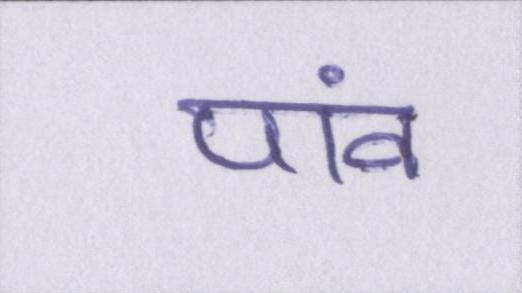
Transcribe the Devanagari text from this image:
पांव